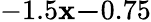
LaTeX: -1.5\le x\le-0.75